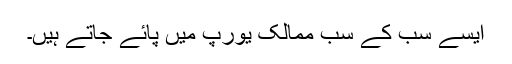
ایسے سب کے سب ممالک یورپ میں پائے جاتے ہیں۔